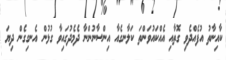
ކާއިނާތު އުފެއްދެވި ގޮތާއި އެއްކައުވަންތަ ކަލާނގެއާ އިންސާނުންނާ ދެމެދުގައިވާ ގުޅުން އެނގިގެން ދިޔަ